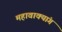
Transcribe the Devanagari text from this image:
महावाक्यांग